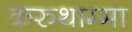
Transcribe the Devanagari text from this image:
करुथाम्मा